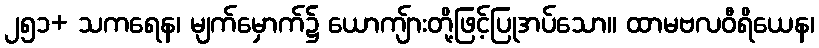
၂၅၁+ သကရေန၊ မျက်မှောက်၌ ယောကျ်ားတို့ဖြင့်ပြုအပ်သော။ ထာမဗလဝီရိယေန၊